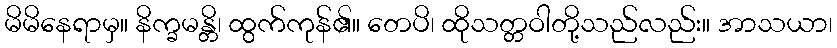
မိမိနေရာမှ။ နိက္ခမန္တိ၊ ထွက်ကုန်၏။ တေပိ၊ ထိုသတ္တဝါတို့သည်လည်း။ အာသယာ၊